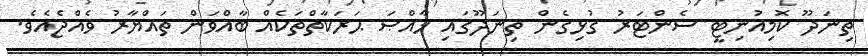
ތިނަދޫ ކޮމިއުނިޓީ ސެންޓަރު ގުޅިގެން ތިނަދޫގައި ޚާއްޞަ ޙަރަކާތްތަކެއް ބާއްވަން ތައްޔާރު ވެއްޖެއެވެ.